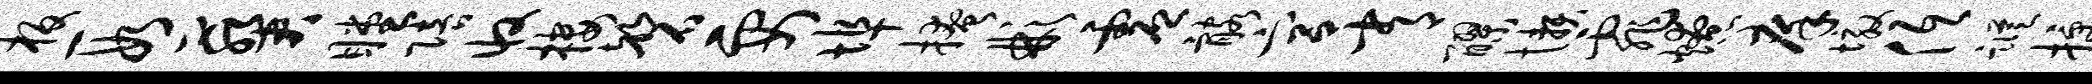
板段葵瞠陪收楼磬要埠掩彬虚髂宫常醪懒霏燎庠墩低踪授罄